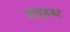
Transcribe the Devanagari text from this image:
दाबुडका